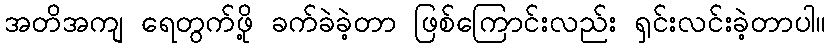
အတိအကျ ရေတွက်ဖို့ ခက်ခဲခဲ့တာ ဖြစ်ကြောင်းလည်း ရှင်းလင်းခဲ့တာပါ။